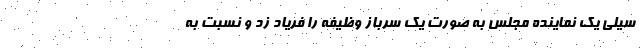
سیلی یک نماینده مجلس به صورت یک سرباز وظیفه را فریاد زد و نسبت به